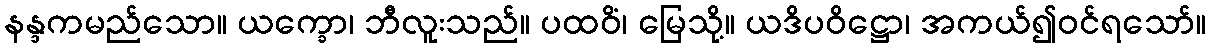
နန္ဒကမည်သော။ ယက္ခော၊ ဘီလူးသည်။ ပထဝိံ၊ မြေသို့။ ယဒိပဝိဋ္ဌော၊ အကယ်၍ဝင်ရသော်။